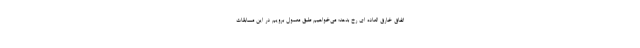
اتفاق خارق العاده ای رخ بدهد؛ می‌خواهیم طبق معمول برویم در این مسابقات